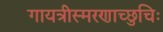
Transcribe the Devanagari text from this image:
गायत्रीस्मरणाच्छुचिः